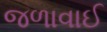
જળાવાઈ